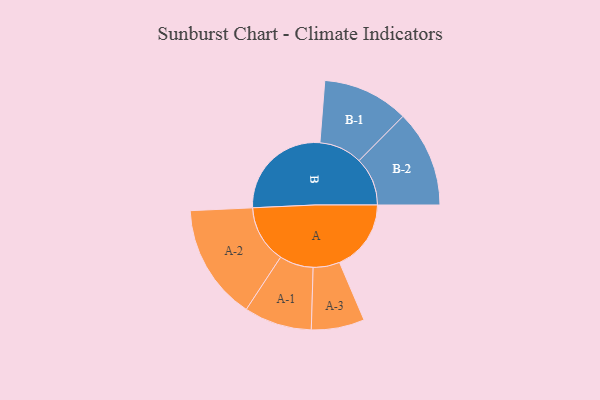
{"axis": {"x": "Segment", "y": "Value"}, "legend": ["", "A", "B"], "data": [{"x": "A", "y": 334, "type": ""}, {"x": "B", "y": 485, "type": ""}, {"x": "A-1", "y": 158, "type": "A"}, {"x": "A-2", "y": 270, "type": "A"}, {"x": "A-3", "y": 124, "type": "A"}, {"x": "B-1", "y": 201, "type": "B"}, {"x": "B-2", "y": 226, "type": "B"}]}